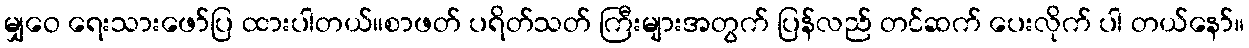
မျှဝေ ရေးသားဖော်ပြ ထားပါတယ်၊၊စာဖတ် ပရိတ်သတ် ကြီးများအတွက် ပြန်လည် တင်ဆက် ပေးလိုက် ပါ တယ်နော်။